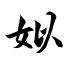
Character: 姒